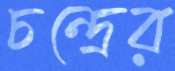
চন্দ্রের